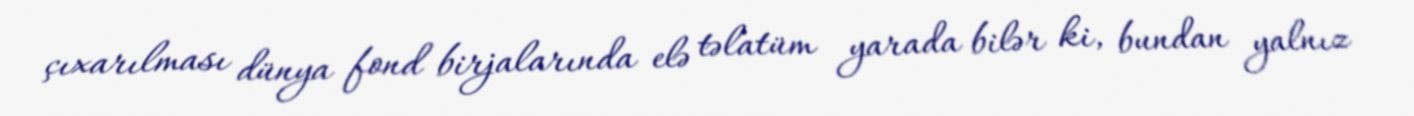
çıxarılması dünya fond birjalarında elə təlatüm yarada bilər ki, bundan yalnız